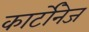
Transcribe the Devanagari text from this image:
कार्टोनेज